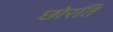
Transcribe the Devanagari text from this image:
छोरति